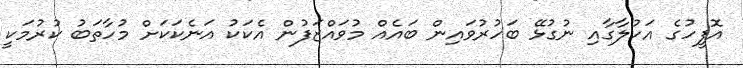
އޮފީހުގެ އަހުލާގާއި ނުގުޅޭ ބަހުރުވައިން ބައެއް މުވައްޒަފުން އެކަކު އަނެކަކަށް މުހާތަބު ކުރުމަކީ